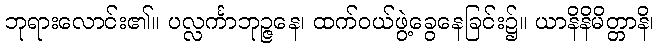
ဘုရားလောင်း၏။ ပလ္လင်္ကာဘုဉ္ဇနေ၊ ထက်ဝယ်ဖွဲ့ခွေနေခြင်း၌။ ယာနိနိမိတ္တာနိ၊